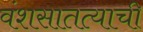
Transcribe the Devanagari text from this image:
वंशसातत्याची